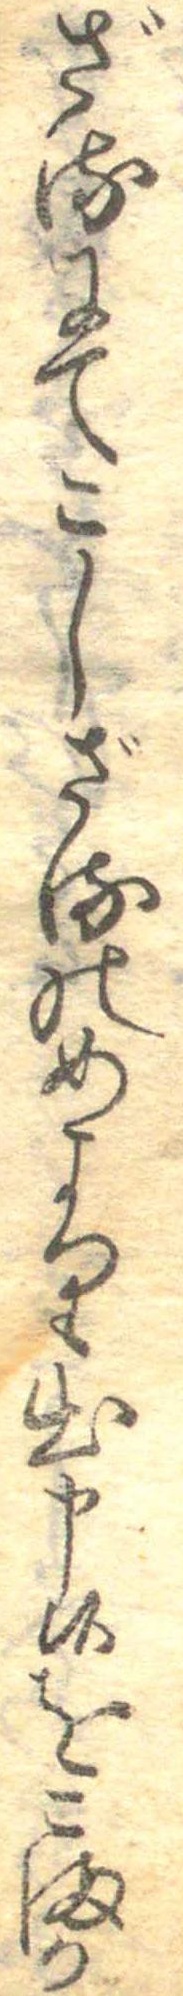
ざるにてこしざるのめより出申候をこまか